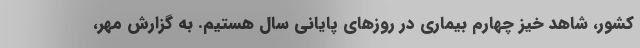
کشور، شاهد خیز چهارم بیماری در روزهای پایانی سال هستیم. به گزارش مهر،